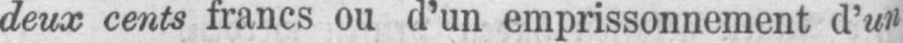
deux cents francs ou d’un emprissonnement d’un